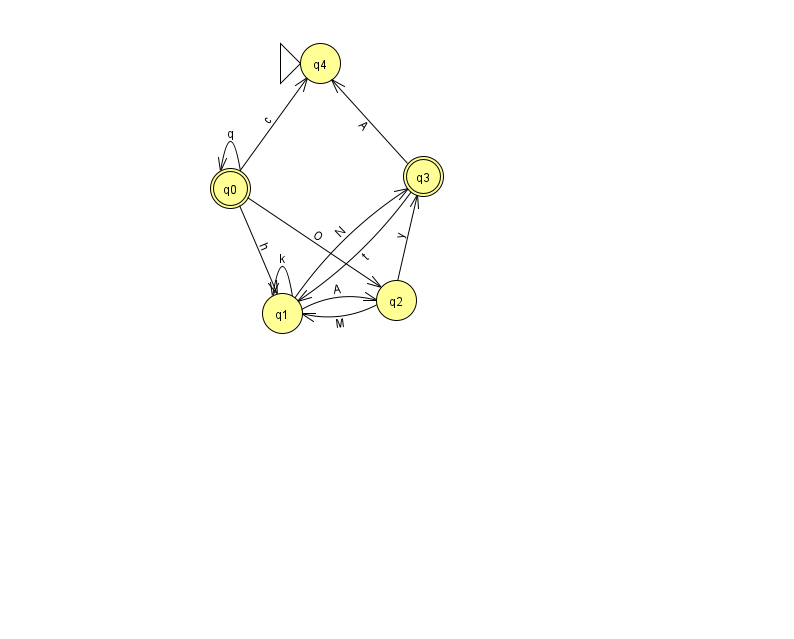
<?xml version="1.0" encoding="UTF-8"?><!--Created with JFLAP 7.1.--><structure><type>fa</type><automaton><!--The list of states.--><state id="0" name="q0"><x>230.0</x><y>175.0</y><final/></state><state id="1" name="q1"><x>282.0</x><y>300.0</y></state><state id="2" name="q2"><x>396.0</x><y>287.0</y></state><state id="3" name="q3"><x>423.0</x><y>163.0</y><final/></state><state id="4" name="q4"><x>320.0</x><y>50.0</y><initial/></state><!--The list of transitions.--><transition><from>1</from><to>3</to><read>N</read></transition><transition><from>0</from><to>0</to><read>q</read></transition><transition><from>0</from><to>4</to><read>c</read></transition><transition><from>1</from><to>2</to><read>A</read></transition><transition><from>2</from><to>3</to><read>y</read></transition><transition><from>3</from><to>1</to><read>t</read></transition><transition><from>0</from><to>1</to><read>h</read></transition><transition><from>1</from><to>1</to><read>k</read></transition><transition><from>3</from><to>4</to><read>A</read></transition><transition><from>0</from><to>2</to><read>O</read></transition><transition><from>2</from><to>1</to><read>M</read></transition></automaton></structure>